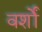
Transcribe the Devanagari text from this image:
वर्शों